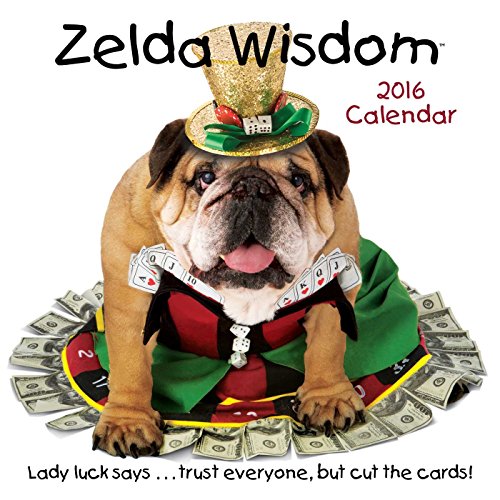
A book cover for Zelda Wisdom 2016 Wall Calendar; Carol Gardner; Calendars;